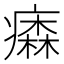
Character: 𤺢